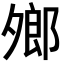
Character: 𪤼